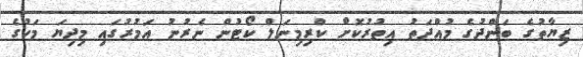
ޒިޔާތުގެ ބަންދުގެ މުއްދަތު އިތުރުކޮށް ކްރިމިނަލް ކޯޓުން ނެރުނު އަމުރުގައި މިދިޔަ މަހުގެ